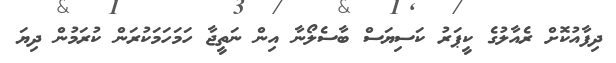
ދިފާއުކޮށް ރެއާލުގެ ކީޕަރު ކަސިޔަސް ބާސެލޯނާ އިން ނަތީޖާ ހަމަހަމަކުރަން ކުރަމުން ދިޔަ